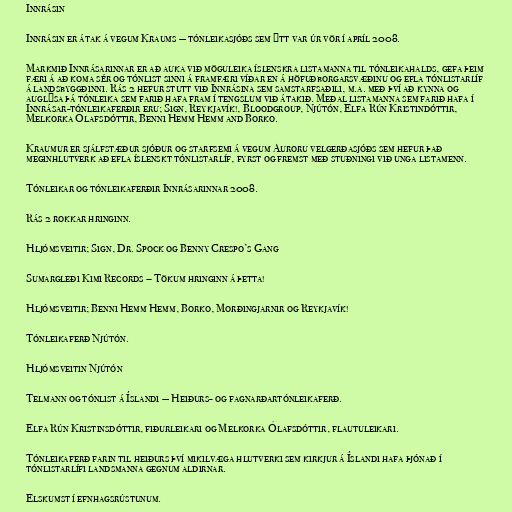
Innrásin

Innrásin er átak á vegum Kraums — tónleikasjóðs sem ýtt var úr vör í apríl 2008.

Markmið Innrásarinnar er að auka við möguleika íslenskra listamanna til tónleikahalds, gefa þeim
færi á að koma sér og tónlist sinni á framfæri víðar en á höfuðborgarsvæðinu og efla tónlistarlíf
á landsbyggðinni. Rás 2 hefur stutt við Innrásina sem samstarfsaðili, m.a. með því að kynna og
auglýsa þá tónleika sem farið hafa fram í tengslum við átakið. Meðal listamanna sem farið hafa í
Innrásar-tónleikaferðir eru; Sign, Reykjavík!, Bloodgroup, Njútón, Elfa Rún Kristindóttir,
Melkorka Ólafsdóttir, Benni Hemm Hemm and Borko.

Kraumur er sjálfstæður sjóður og starfsemi á vegum Auroru velgerðasjóðs sem hefur það
meginhlutverk að efla íslenskt tónlistarlíf, fyrst og fremst með stuðningi við unga listamenn.

Tónleikar og tónleikaferðir Innrásarinnar 2008.

Rás 2 rokkar hringinn.

Hljómsveitir; Sign, Dr. Spock og Benny Crespo’s Gang

Sumargleði Kimi Records – Tökum hringinn á þetta!

Hljómsveitir; Benni Hemm Hemm, Borko, Morðingjarnir og Reykjavík!

Tónleikaferð Njútón.

Hljómsveitin Njútón

Telmann og tónlist á Íslandi — Heiðurs- og fagnarðartónleikaferð.

Elfa Rún Kristinsdóttir, fiðurleikari og Melkorka Ólafsdóttir, flautuleikari.

Tónleikaferð farin til heiðurs því mikilvæga hlutverki sem kirkjur á Íslandi hafa þjónað í
tónlistarlífi landsmanna gegnum aldirnar.

Elskumst í efnhagsrústunum.